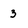
Character: 3